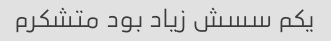
یکم سسش زیاد بود متشکرم